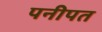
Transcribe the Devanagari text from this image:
पनीपत